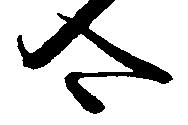
合